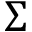
\Sigma